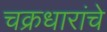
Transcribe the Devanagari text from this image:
चक्रधारांचे